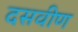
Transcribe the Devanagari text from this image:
दसवीण